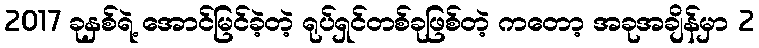
2017 ခုနှစ်ရဲ့ အောင်မြင်ခဲ့တဲ့ ရုပ်ရှင်တစ်ခုဖြစ်တဲ့ ကတော့ အခုအချိန်မှာ 2